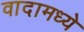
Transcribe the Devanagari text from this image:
वादामध्ये